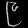
Digit: ၉